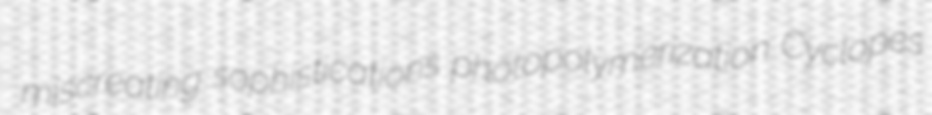
miscreating sophistications photopolymerization Cyclopes